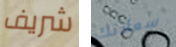
شريف سعادتك